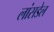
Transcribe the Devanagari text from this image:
लांसडेल